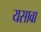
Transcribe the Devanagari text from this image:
यसावा